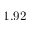
1 . 9 2